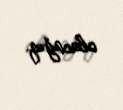
olacağıq.